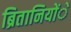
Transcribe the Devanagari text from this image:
ब्रितानियोंें